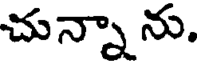
చున్నా ను.